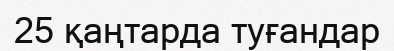
25 қаңтарда туғандар